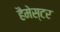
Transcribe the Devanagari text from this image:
हैमेस्टर